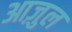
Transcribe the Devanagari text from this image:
आज़ुल